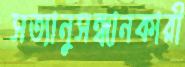
সত্যানুসন্ধানকারী